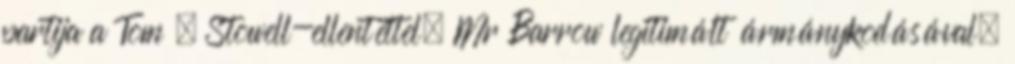
partija a Tom – Stowell-ellentéttel, Mr Barrow legitimált ármánykodásával,